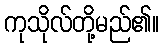
ကုသိုလ်တို့မည်၏။